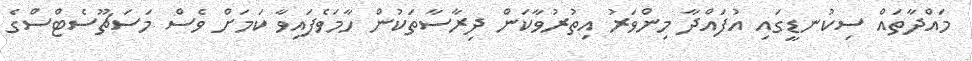
މައްދާތައް ސިކުނޑީގައި އުފައްދާ މިންވަރު އިތުރުވާކަން ދިރާސާތަކުން ހާމަވެފައިވާ ކަމަށް ވެސް މަސަޗޫސެޓްސްގެ